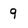
Character: 9